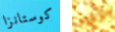
كوستانزا نحن